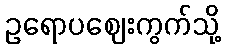
ဥရောပဈေးကွက်သို့